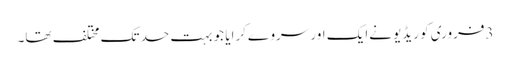
3فروری کو ریڈیو نےایک اور سروےکرایا جو بہت حد تک مختلف تھا۔